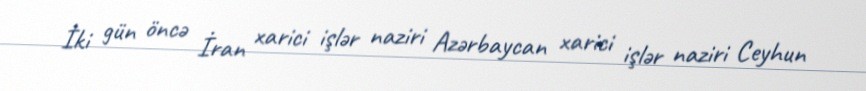
İki gün öncə İran xarici işlər naziri Azərbaycan xarici işlər naziri Ceyhun